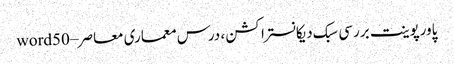
پاورپوینت بررسی سبک دیکانستراکشن ، درس معماری معاصر – word50